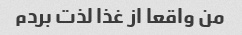
من واقعا از غذا لذت بردم